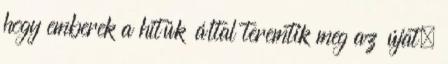
hogy emberek a hitük által teremtik meg az újat,